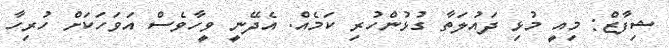
ޝިފާޒް: މިއީ މުޅި ދައުލަތާ ގުޅުންހުރި ކަމެއް. އެދޭނީ ވީހާވެސް އަވަހަކަށް ހުރިހާ